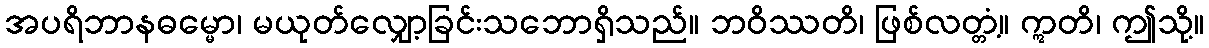
အပရိဘာနဓမ္မော၊ မယုတ်လျှော့ခြင်းသဘောရှိသည်။ ဘဝိဿတိ၊ ဖြစ်လတ္တံ့။ ဣတိ၊ ဤသို့။